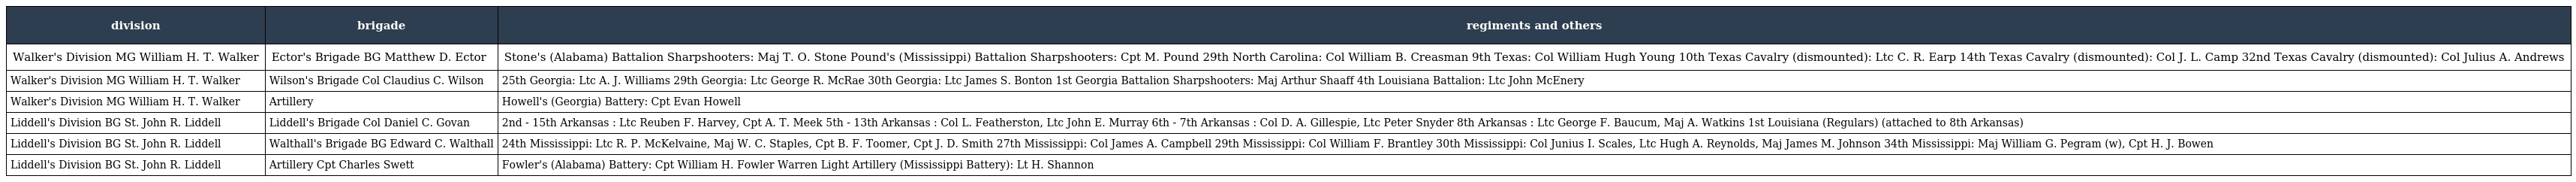
| division | brigade | regiments and others |
 | --- | --- | --- |
 | Walker's Division MG William H. T. Walker | Ector's Brigade BG Matthew D. Ector | Stone's (Alabama) Battalion Sharpshooters: Maj T. O. Stone Pound's (Mississippi) Battalion Sharpshooters: Cpt M. Pound 29th North Carolina: Col William B. Creasman 9th Texas: Col William Hugh Young 10th Texas Cavalry (dismounted): Ltc C. R. Earp 14th Texas Cavalry (dismounted): Col J. L. Camp 32nd Texas Cavalry (dismounted): Col Julius A. Andrews |
 | Walker's Division MG William H. T. Walker | Wilson's Brigade Col Claudius C. Wilson | 25th Georgia: Ltc A. J. Williams 29th Georgia: Ltc George R. McRae 30th Georgia: Ltc James S. Bonton 1st Georgia Battalion Sharpshooters: Maj Arthur Shaaff 4th Louisiana Battalion: Ltc John McEnery |
 | Walker's Division MG William H. T. Walker | Artillery | Howell's (Georgia) Battery: Cpt Evan Howell |
 | Liddell's Division BG St. John R. Liddell | Liddell's Brigade Col Daniel C. Govan | 2nd - 15th Arkansas : Ltc Reuben F. Harvey, Cpt A. T. Meek 5th - 13th Arkansas : Col L. Featherston, Ltc John E. Murray 6th - 7th Arkansas : Col D. A. Gillespie, Ltc Peter Snyder 8th Arkansas : Ltc George F. Baucum, Maj A. Watkins 1st Louisiana (Regulars) (attached to 8th Arkansas) |
 | Liddell's Division BG St. John R. Liddell | Walthall's Brigade BG Edward C. Walthall | 24th Mississippi: Ltc R. P. McKelvaine, Maj W. C. Staples, Cpt B. F. Toomer, Cpt J. D. Smith 27th Mississippi: Col James A. Campbell 29th Mississippi: Col William F. Brantley 30th Mississippi: Col Junius I. Scales, Ltc Hugh A. Reynolds, Maj James M. Johnson 34th Mississippi: Maj William G. Pegram (w), Cpt H. J. Bowen |
 | Liddell's Division BG St. John R. Liddell | Artillery Cpt Charles Swett | Fowler's (Alabama) Battery: Cpt William H. Fowler Warren Light Artillery (Mississippi Battery): Lt H. Shannon |